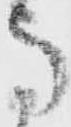
馬